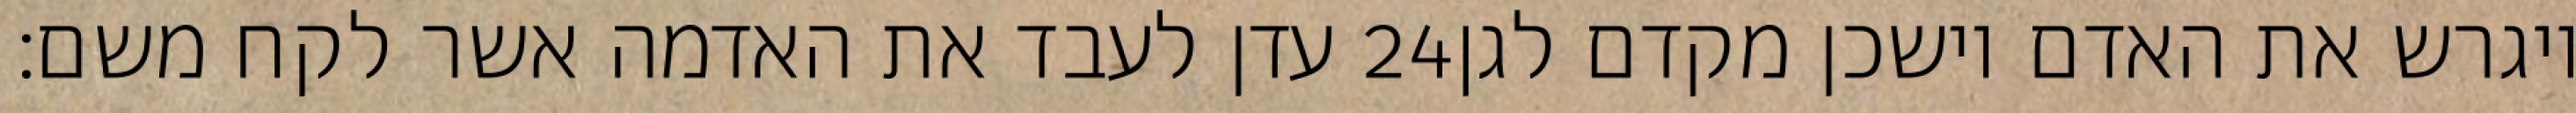
עדן לעבד את האדמה אשר לקח משם׃ ‎24‏ ויגרש את האדם וישכן מקדם לגן